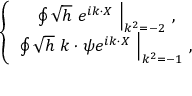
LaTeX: \left\{ \begin{array} { c } { { \left. \oint \sqrt { h } \ e ^ { i k \cdot X } \ \right| _ { k ^ { 2 } = - 2 } \, , } } \\ { { \left. \oint \sqrt { h } \ k \cdot \psi e ^ { i k \cdot X } \ \right| _ { k ^ { 2 } = - 1 } \, , } } \end{array} \right.